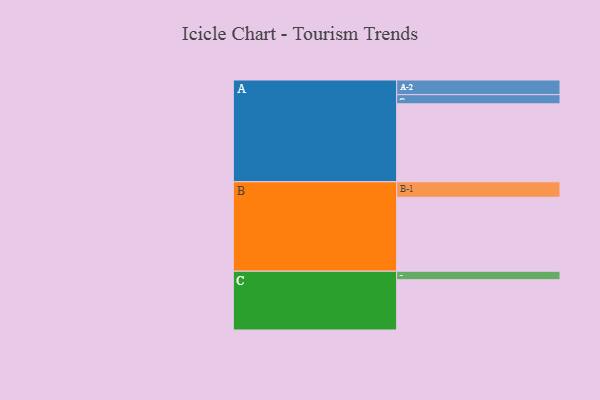
{"axis": {"x": "Segment", "y": "Value"}, "legend": ["", "A", "B", "C"], "data": [{"x": "A", "y": 585, "type": ""}, {"x": "B", "y": 555, "type": ""}, {"x": "C", "y": 377, "type": ""}, {"x": "A-1", "y": 69, "type": "A"}, {"x": "A-2", "y": 110, "type": "A"}, {"x": "B-1", "y": 116, "type": "B"}, {"x": "C-1", "y": 64, "type": "C"}]}